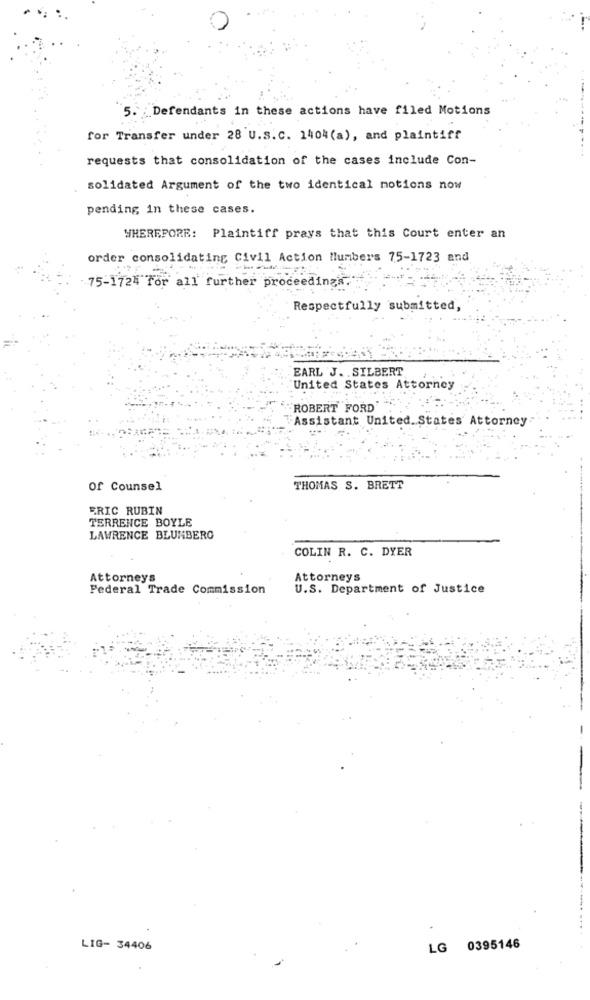
Defendants in these actions have filed Motions
for Transfer under 28 U.s.c. 1404(a), and plaintiff
requests that consolidation of the cases include Con-
solidated Argument of the two identical motions now
pending in these cases.
WHEREPORR: Plaintiff prays that this Court enter an
order consolidating Civil Action Numbers 75-1723 and
75-1724 for all further proceedings.
Respectfully submitted,
EARL J. . SILBERT
United States Attorney
ROBERT FORD
Assistant United. States Attorney
Of Counsel
THOMAS S. BRETT
ERIC RUBIN
TERRENCE BOYLE
LAWRENCE BLUMBERG
COLIN R. C. DYER
Attorneys
Attorneys
Federal Trade Commission
U.S. Department of Justice
LIG- 34406
LG 0395146